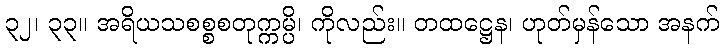
၃၂၊ ၃၃။ အရိယသစစ္စစတုက္ကမ္ပိ၊ ကိုလည်း။ တထဋ္ဌေန၊ ဟုတ်မှန်သော အနက်